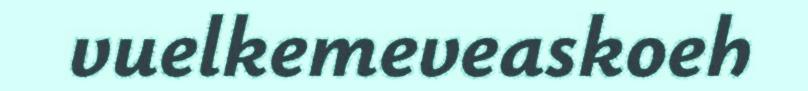
vuelkemeveaskoeh